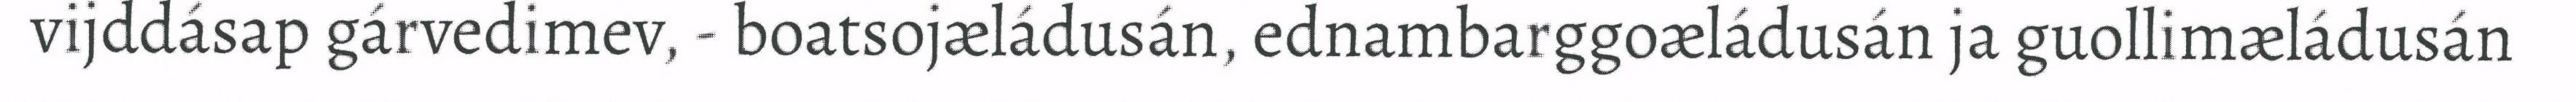
vijddásap gárvedimev, - boatsojæládusán, ednambarggoæládusán ja guollimæládusán